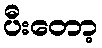
ပီးတော့